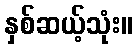
နှစ်ဆယ့်သုံး။